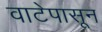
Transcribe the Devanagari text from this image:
वाटेपासून